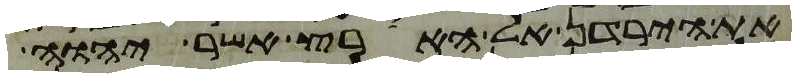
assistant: את הירדן אל הארץ אשר יהוה